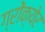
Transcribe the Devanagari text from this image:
ग्रोंक्येर